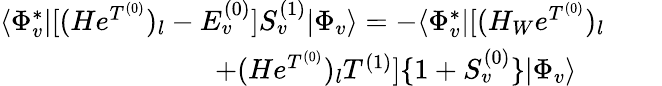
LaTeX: \begin{array}{rlr}{\langle\Phi_{v}^{*}|[(He^{T^{(0)}})_{l}-E_{v}^{(0)}]S_{v}^{(1)}|\Phi_{v}\rangle=-\langle\Phi_{v}^{*}|[(H_{W}e^{T^{(0)}})_{l}}&{}&\\ {+(He^{T^{(0)}})_{l}T^{(1)}]\{ 1+S_{v}^{(0)}\} |\Phi_{v}\rangle\ \ \ \ }\end{array}